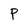
Character: P